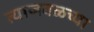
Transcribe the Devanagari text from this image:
त्याजवळच्या